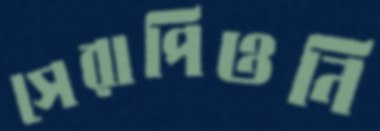
সেরাপিওনি